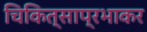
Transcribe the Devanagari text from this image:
चिकित्साप्रभाकर